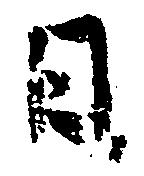
日